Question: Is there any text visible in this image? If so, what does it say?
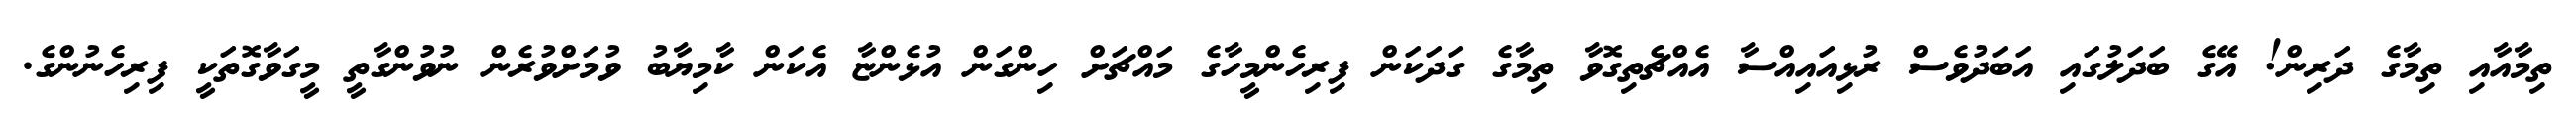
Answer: ތިމާއާއި ތިމާގެ ދަރިން! އޭގެ ބަދަލުގައި އަބަދުވެސް ރުޅިއައިއްސާ އެއްޗެތިގޮވާ ތިމާގެ ގަދަކަން ފިރިހެންމީހާގެ މައްޗަށް ހިންގަން އުޅެންޏާ އެކަން ކާމިޔާބު ވުމަށްވުރެން ނުވުންގާތީ މީގަވާގޮތަކީ ފިރިހެނުންގެ.